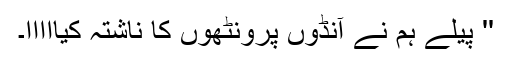
'' پیلے ہم نے آنڈوں پرونٹھوں کا ناشتہ کیااااا۔